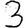
Digit: 3